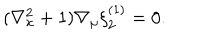
LaTeX: ( \nabla _ { x } ^ { 2 } + 1 ) \nabla _ { \mu } \xi _ { 2 } ^ { ( 1 ) } = 0 .